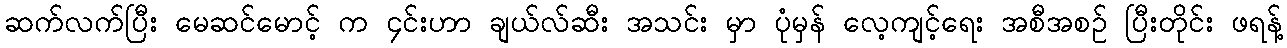
ဆက်လက်ပြီး မေဆင်မောင့် က ၄င်းဟာ ချယ်လ်ဆီး အသင်း မှာ ပုံမှန် လေ့ကျင့်ရေး အစီအစဉ် ပြီးတိုင်း ဖရန့်